Leaving Certificate Examination, 1911
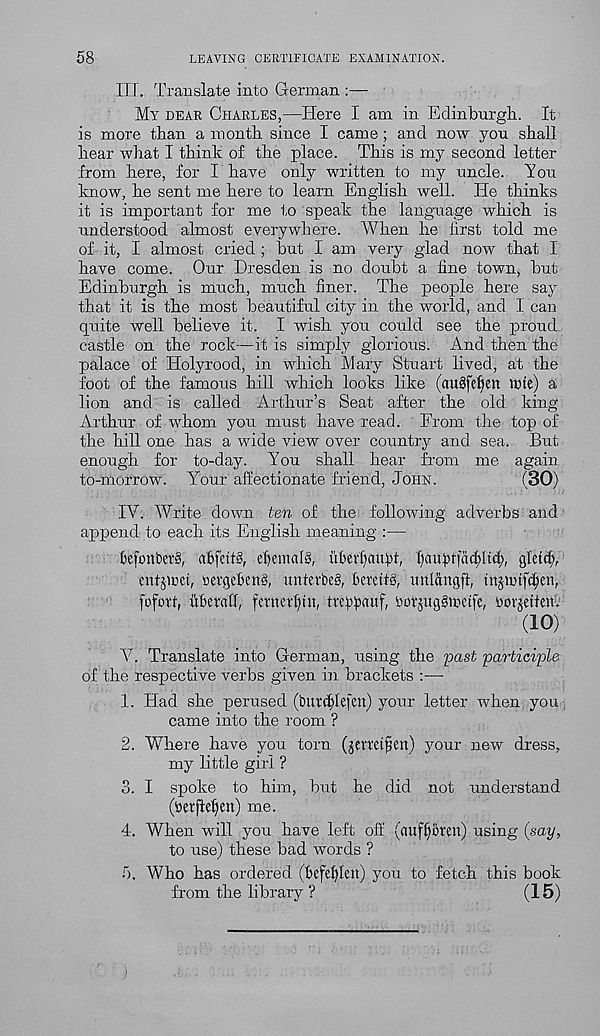
58
LEAVING CERTIFICATE EXAMINATION.
III. Translate into German :—
My dear Charles,—Here I am in Edinburgh. It
is more than a month since I came; and now you shall
hear what I think of the place. This is my second letter
from here, for I have only written to my uncle. Ton
know, he sent me here to learn English well. He thinks
it is important for me to speak the language which is
understood almost everywhere. When he first told me
of it, I almost cried ; but I am very glad now that I
have come. Our Dresden is no doubt a fine town, but
Edinburgh is much, much finer. The people here say
that it is the most beautiful city in the world, and 1 can
quite well believe it. I wish you could see the proud
castle on the rock—it is simply glorious. And then the
palace of Holyrood, in which Mary Stuart lived, at the
foot of the famous hill which looks like (auSfe^en tote) a
lion and is called Arthur’s Seat after the old king
Arthur of whom you must have read. From the top of
the hill one has a wide view over country and sea. But
enough for to-day. You shall hear from me again
to-nlorrow. Your affectionate friend, John.
(30)'
IV. Write down ten of the following adverbs and
append to each its English meaning :—
lefonbers, abfeftg, cfiemalS, ufievfiauH, f)au£tfad)Ud;, gbtcfi,
entqoet, oergef>en§, unterbeg, fietetfg, vmlangft, tnjiotfc^en,
fofort, ubevafi, fetnetjui, trepanf, borjitggioetfe, oorjetterfi
(10)
V. Translate into German, using the past participle
of the respective verbs given in brackets :—
1. Had she perused (butdjefen) your letter when you
came into the room ?
2. Where have you torn (jemifsett) your new dress,
my little girl ?
3. I spoke to him, but he did not understand
(betjlefyert) me.
4. When will you have left off (aufi)c>rett) using (say,
to use) these bad words ?
f). Who has ordered (ftefeffiett) you to fetch this book
from the library ?
(15)